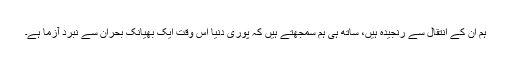
ہم ان کے انتقال سے رنجیدہ ہیں، ساتھ ہی ہم سمجھتے ہیں کہ پوری دنیا اس وقت ایک بھیانک بحران سے نبرد آزما ہے۔